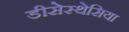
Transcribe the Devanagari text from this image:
डीसेस्थेसिया